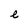
Character: e